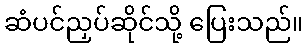
ဆံပင်ညှပ်ဆိုင်သို့ ပြေးသည်။